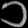
Digit: ၁